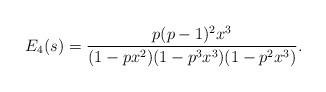
LaTeX: \begin{align*}E_4(s) = \frac{p(p-1)^2x^3}{(1-px^2)(1-p^3x^3)(1-p^2x^3)}.\end{align*}